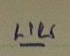
บน